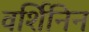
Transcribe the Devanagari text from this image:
वर्शिनिन